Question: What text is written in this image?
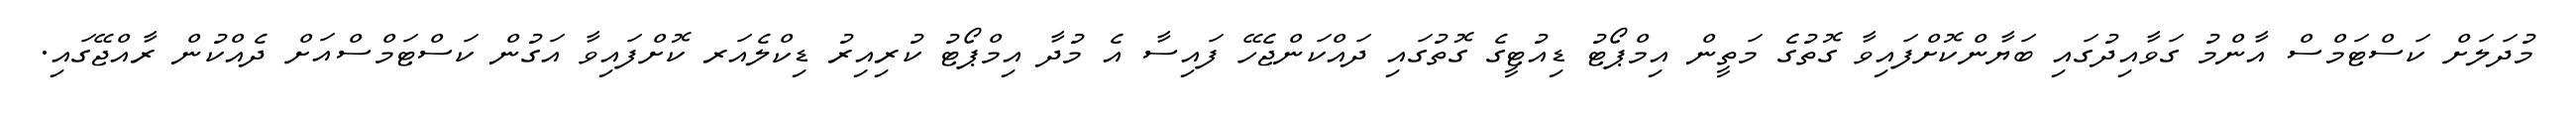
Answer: މުދަލަށް ކަސްޓަމްސް އާންމު ގަވާއިދުގައި ބަޔާންކޮށްފައިވާ ގޮތުގެ މަތީން އިމްޕޯޓު ޑިއުޓީގެ ގޮތުގައި ދައްކަންޖެހޭ ފައިސާ އެ މުދާ އިމްޕޯޓު ކުރިއިރު ޑިކްލެއަރ ކޮށްފައިވާ އަގުން ކަސްޓަމްސްއަށް ދެއްކުން ރާއްޖޭގައި.